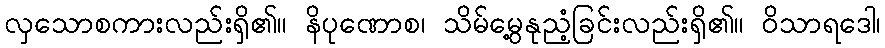
လှသောစကားလည်းရှိ၏။ နိပုဏောစ၊ သိမ်မွေ့နုညံ့ခြင်းလည်းရှိ၏။ ဝိသာရဒေါ၊